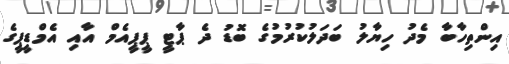
އިންތިހާބާ މެދު ހިޔާލު ބަދަލުކުރުމުގެ ބޮޑު ދެ ޕާޓީ ޕީޕީއެމް އާއި އެމްޑީޕީގެ